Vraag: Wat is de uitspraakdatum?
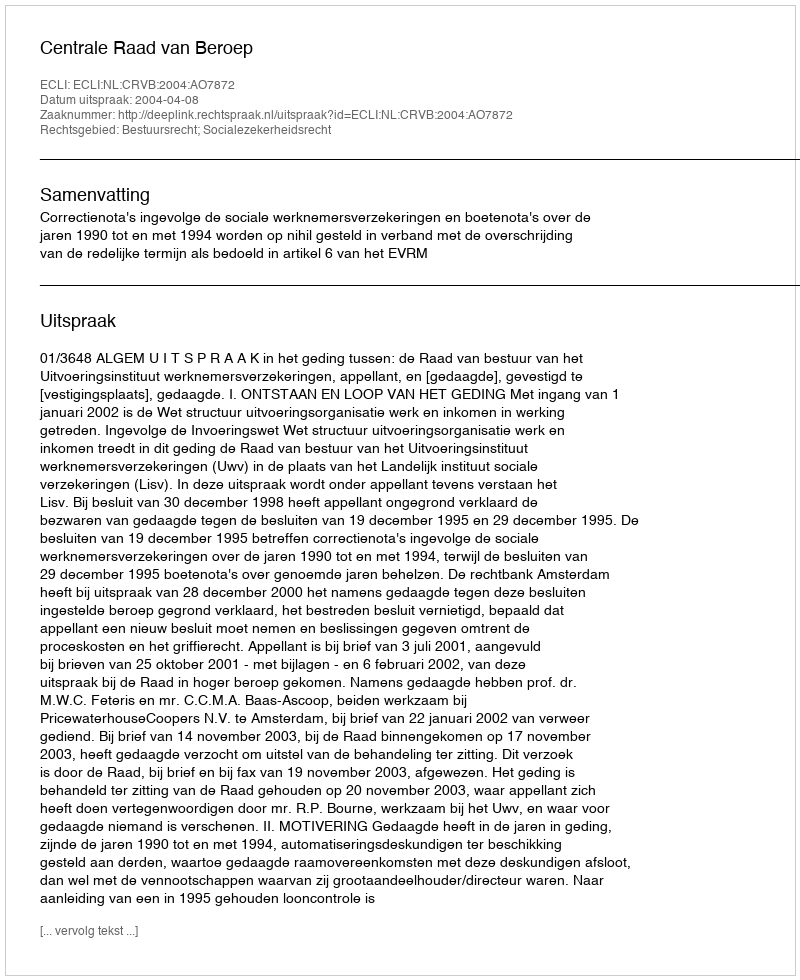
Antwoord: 2004-04-08